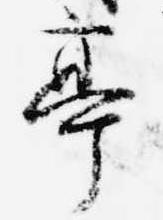
亭